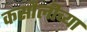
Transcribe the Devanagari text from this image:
कसौलीच्या